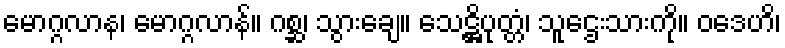
မောဂ္ဂလာန၊ မောဂ္ဂလာန်။ ဂစ္ဆ၊ သွားချေ။ သေဋ္ဌိပုတ္တံ၊ သူဌေးသားကို။ ဝဒေဟိ၊